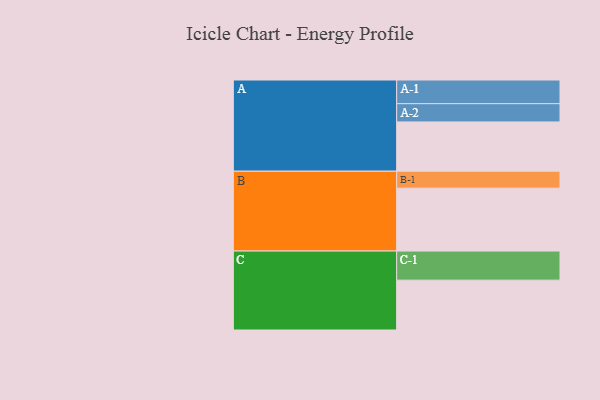
{"axis": {"x": "Segment", "y": "Value"}, "legend": ["", "A", "B", "C"], "data": [{"x": "A", "y": 337, "type": ""}, {"x": "B", "y": 430, "type": ""}, {"x": "C", "y": 341, "type": ""}, {"x": "A-1", "y": 162, "type": "A"}, {"x": "A-2", "y": 125, "type": "A"}, {"x": "B-1", "y": 116, "type": "B"}, {"x": "C-1", "y": 199, "type": "C"}]}